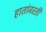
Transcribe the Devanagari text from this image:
हातांवरती